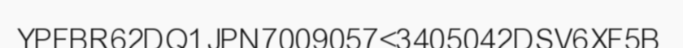
YPFBR62DQ1JPN7009057<3405042DSV6XF5B